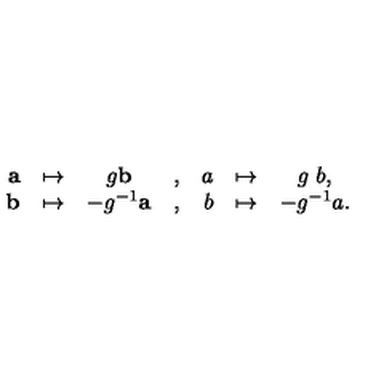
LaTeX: \begin{array} { r c c c r c c } { { \bf a } } & { \mapsto } & { g { \bf b } } & { , } & { a } & { \mapsto } & { g \ b , } \\ { { \bf b } } & { \mapsto } & { - g ^ { - 1 } { \bf a } } & { , } & { b } & { \mapsto } & { - g ^ { - 1 } a . } \\ \end{array}